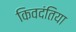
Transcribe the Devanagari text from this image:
किवदंतिया